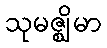
သုမဇ္ဈိမာ